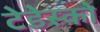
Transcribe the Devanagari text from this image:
टेडेस्को